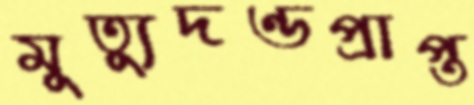
মুত্যুদণ্ডপ্রাপ্ত